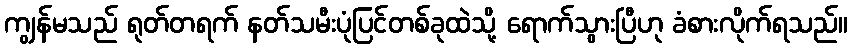
ကျွန်မသည် ရုတ်တရက် နတ်သမီးပုံပြင်တစ်ခုထဲသို့ ရောက်သွားပြီဟု ခံစားလိုက်ရသည်။